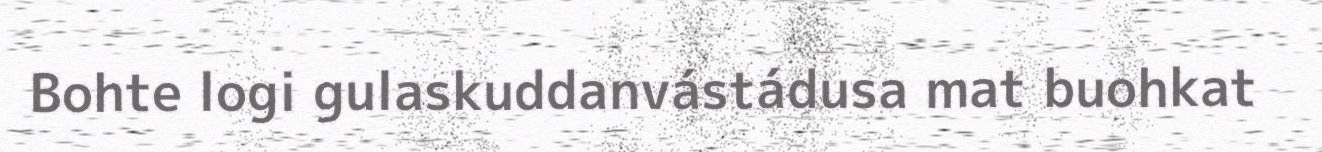
Bohte logi gulaskuddanvástádusa mat buohkat